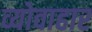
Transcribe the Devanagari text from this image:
व्योवाहार